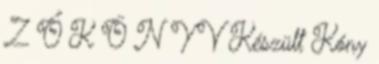
Z Ő K Ö N Y V Készült Kóny